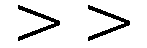
>>